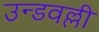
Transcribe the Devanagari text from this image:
उन्डवल्ली